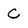
Character: C